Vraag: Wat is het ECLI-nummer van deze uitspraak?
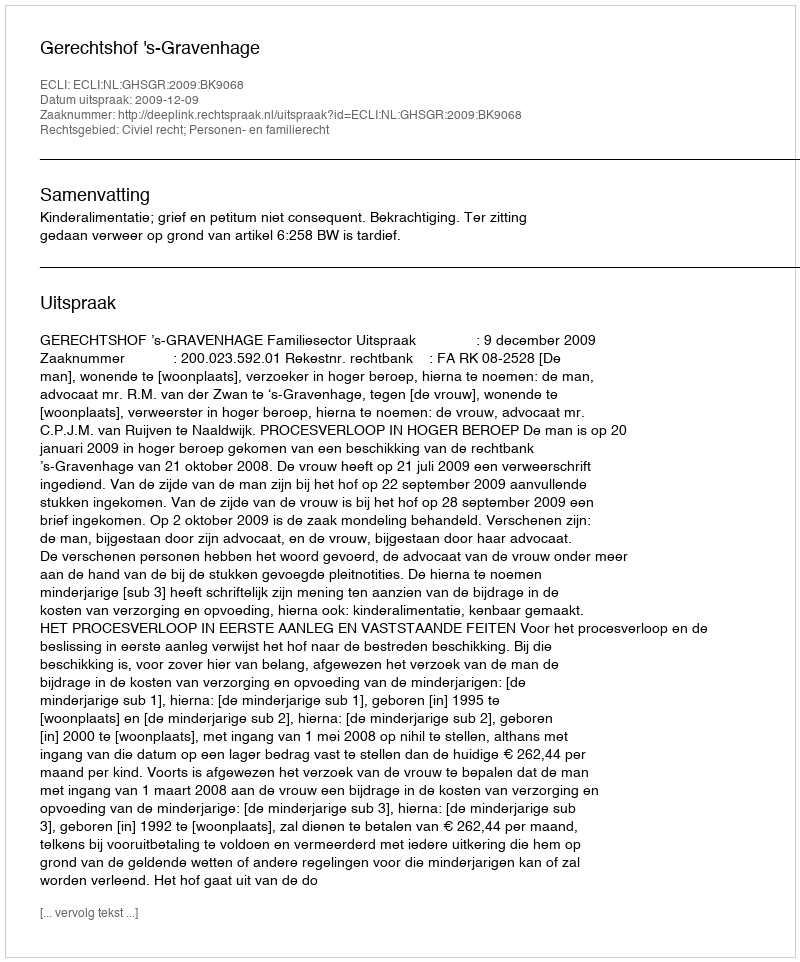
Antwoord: ECLI:NL:GHSGR:2009:BK9068